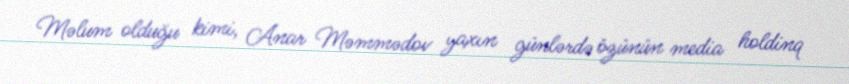
Məlum olduğu kimi, Anar Məmmədov yaxın günlərdə özünün media holdinq